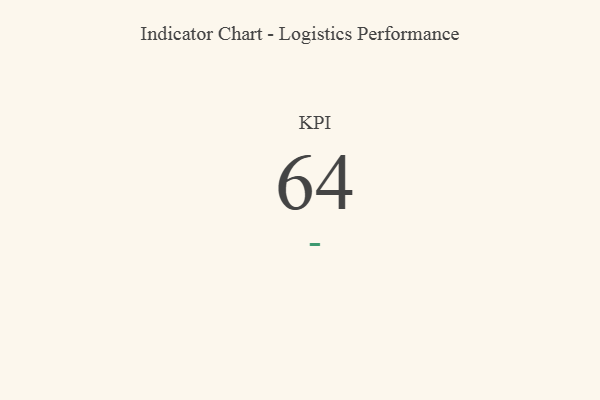
{"axis": {"x": "KPI", "y": "Value"}, "legend": [""], "data": [{"x": "KPI", "y": 64, "type": ""}]}